Calcutta medical institutions reports 1892-1900
Year: 1892
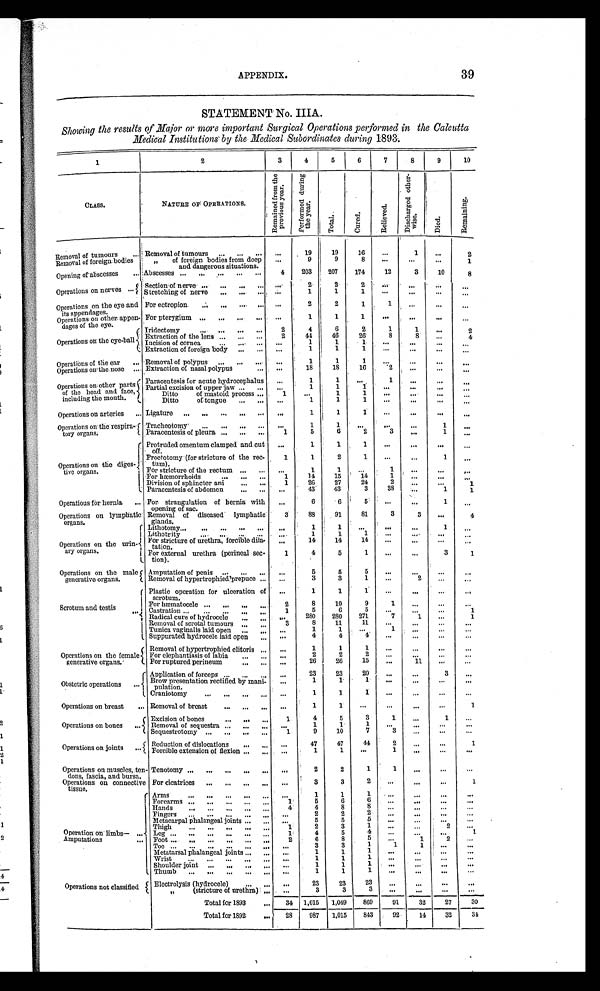
APPENDIX.
39
STATEMENT No. IIIA.
Showing the results of Major or more important Surgical Operations performed in the Calcutta
Medical Institutions by the Medical Subordinates during 1893.
1
2
3
4
5
6
7
8
9
10
CLASS.
NATURE OF OPERATIONS.
R e m a i n e d f r o m t h e
p r e v i o u s y e a r .
Per f or med dur i ng
the year.
T o t a l .
Cured.
R e l i e v e d .
D i s c h a r g e d o t h e r -
wise.
Di ed.
Remai ni ng.
Removal of tumours
... Removal of tumours . . .
... ...
. . .
19
19
16
. . .
1 ...
2
Removal of foreign bodies
,, of foreign bodies from deep
and dangerous situations.
...
9
9
8
...
. . .
...
1
Opening of
absc esses ... Abscesses ... . . .
. . .
. . . ...
4
203
207
174
12
3
10
8
Operations on nerves ... Sect i on of nerve
. . .
. . .
. . . ...
. . .
2
2
2
...
...
. . . ...
St r et chi ng of ner ve
...
... ... ...
1
1
1
...
...
. . .
...
Operations on the eye and
its appendages.
For ectropion.
. . .
. . .
. . . ...
. . .
2
2
1
1
. . .
...
...
Operations on other appen-
dages of the eye.
For pterygium ... ... ... ... ...
1
1
1
...
...
...
...
Operations on the eye-ball
Iridectomy
. . .
. . .
. . . ...
2
4
6
2
1
1
...
2
E x t r a c t i o n o f t h e l e n s ... ... ...
2
44
46
26
8
8
...
4
Incision of cornea
... ... ... ...
1
1
1
...
. . .
...
...
Extraction of foreign body ... ...
...
1
1
1
. . .
. . .
. . . ...
Operations of the ear
... Removal of polypus ... ... ...
...
1
1
1
. . .
...
. . .
...
Operations on the nose ... Extraction of nasal polypus
...
. . .
1 8
18
16
2
. . .
...
...
Operations on other parts
of the head and face,
including the mouth.
Paracentesis for acute hydrocephalus
...
1
1
...
1
. . .
...
...
Partial excision of upper jaw
. . . ...
. . .
1
1
1
...
...
. . .
...
Ditto of mastoid process ...
1
...
1
1
. . .
...
. . .
...
Ditto
of tongue ... ...
...
1
1
1
...
. . .
...
...
Operations on arteries ... Ligature ...
. . .
. . .
. . . ...
. . .
1
1
1
. . .
...
...
...
Operations on the respira-
tory organs.
Tracheotomy
...
. . .
. . . ... ...
1
1
. . .
. . .
...
1 ...
Paracentesis of pleura ... ... ...
1
5
6
2
3
. . .
1
...
Operations on the diges-
t i v e o r g a n s .
Protruded omentum clamped and cut
off.
...
1
1
1
...
. . .
. . .
. . .
Proctotomy (for stricture of the rec-
tum).
1
1
2
1
...
...
1
...
For stricture of the rectum ... ...
...
1
1
...
1
. . .
. . .
. . .
For hæmorrhoids
... ... ...
1
14
15
14
1
...
. . .
. . .
D i v i s i o n o f s p h i n c t e r a n i
... ...
1
26
27
24
2
. . .
. . .
1
Paracentesis of abdomen
... ...
...
43
43
3
38
. . .
1
1
Operations for hernia ... For strangulation of hernia with
opening of sac.
...
6
6
5
. . .
. . .
1
...
Operations on lymphatic
organs.
Removal of diseased lymphatic
glands.
3
88
91
81
3
3
...
4
Operations on the urin-
ary organs.
Lithotomy
. . . ... ... ... ...
...
1
1
...
. . .
...
1
...
Lithotrity
... ... ... ...
...
1
1
1
. . .
...
. . .
. . .
For stricture of urethra, forcible dila-
tation.
. . .
14
14
14
...
. . .
...
...
For external urethra (perineal sec-
tion).
1
4
5
1
. . .
...
3
1
Operations on the male
generative organs.
Amputation of penis
. . .
... ...
...
5
5
5
...
. . .
. . .
. . .
Removal of hypertrophied prepuce ...
...
3
3
1
...
2
. . .
...
Scrotum and testis
. . . Plastic operation for ulceration of
scrotum.
...
1
1
1
...
. . .
. . .
. . .
For hæmatocele ...
. . . ...
...
2
8
10
9
1
. . .
. . .
. . .
Castration ...
...
...
. . .
...
1
5
6
5
. . .
...
. . .
1
Radical cure of hydrocele
... ...
...
280
280
271
7
1
...
1
Removal of scrotal tumours ... ...
3
8
11
11
...
...
. . .
...
Tunica vaginalis laid open ...
... ...
1
1
...
1
...
...
...
Suppurated hydrocele laid open ...
. . .
4
4
4
...
. . .
. . .
...
Operations on the female
generative organs.
Removal of hypertrophied clitoris ...
. . .
1
1
1
...
. . .
...
. . .
For elephantiasis of labia
. . .
...
. . .
2
2
2
...
...
. . .
...
For ruptured perineum
. . .
...
. . .
26
26
15
...
11
...
. . .
Obstetric operations ...
Application of forceps
. . . ... ...
...
23
23
20
. . .
...
3
...
Br ow pr esent at i on r ect i f i ed by mani -
pulation.
...
1
1
1
...
...
. . .
...
Craniotomy
. . .
. . .
. . .
...
. . .
1
1
1
...
. . .
...
. . .
Operations on breast
... Removal of breast
... ... ... ...
1
1
. . .
. . .
. . .
...
1
Operations on bones ...
Excision of bones
. . .
. . .
...
1
4
5
3
1
...
1
. . .
Removal of sequestra ... ... ...
. . .
1
1
1
. . .
. . .
. . .
...
Sequestrotomy ... ... ... ...
1
9
10
7
3
. . . ...
...
Operations on joints ...
Reduction of dislocations
. . .
... ...
47
47
44
2
...
...
1
Forcible extension of flexion
...
. . .
. . .
1
1
...
1
. . .
...
. . .
Operations on muscles, ten-
dons, fascia, and bursa.
Tenotomy ... ... ...
. . .
.. .
. . .
2
2
1
1
...
...
...
Operations on connective
tissue.
For cicatrices ... ... ... ...
. . .
3
3
2
. . .
. . .
. . .
1
Operation on limbs— ...
Arms
. . .
. . .
. . .
. . .
...
. . .
1
1
1
. . .
...
. . .
...
Forearms ... ... ... ... ...
1
5
6
6
. . .
. . .
...
...
Hands
... ... ... ... ...
4
4
8
8
. . .
. . .
. . .
. . .
Fingers
... ... ... ...
. . . . . .
2
2
2
. . .
. . .
. . .
...
Metacarpal phalangeal joints ... ... ...
5
5
5
...
. . .
. . .
...
Thigh
. . .
. . .
. . .
. . .
...
1
2
3
1
. . .
...
2
...
Leg ... ... ... ... ... ...
1
4
5
4
...
...
. . .
1
Amputations
... Foot ...
. . . ...
. . .
. . .
...
2
6
8
5
...
1
2
...
Toe ...
. . .
. . .
. . .
. . .
...
. . .
3
3
1
1
1
...
...
Metatarsal phalangeal joints ... ...
...
1
1
1
...
. . .
. . .
...
Wrist
. . .
. . .
. . .
. . .
...
. . .
1
1
1
...
. . .
...
...
Shoulder joint
. . .
. . .
. . .
...
. . .
1
1
1
. . .
...
...
. . .
Thumb
. . .
. . .
. . .
. . .
...
. . .
1
1
1
. . .
...
. . .
...
Operations not classified
Electrolysis (hydrocele)
. . .
. . .
. . .
23
23
23
. . .
...
...
...
,,
(stricture of urethra) ... ...
3
3
3
. . .
. . .
. . .
. . .
Total for 1893
. . . 34 1,015 1,049
869 91
32
27
30
Total for 1892
. . .
28
987 1,015
843
92
14
32
34